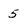
Character: 5